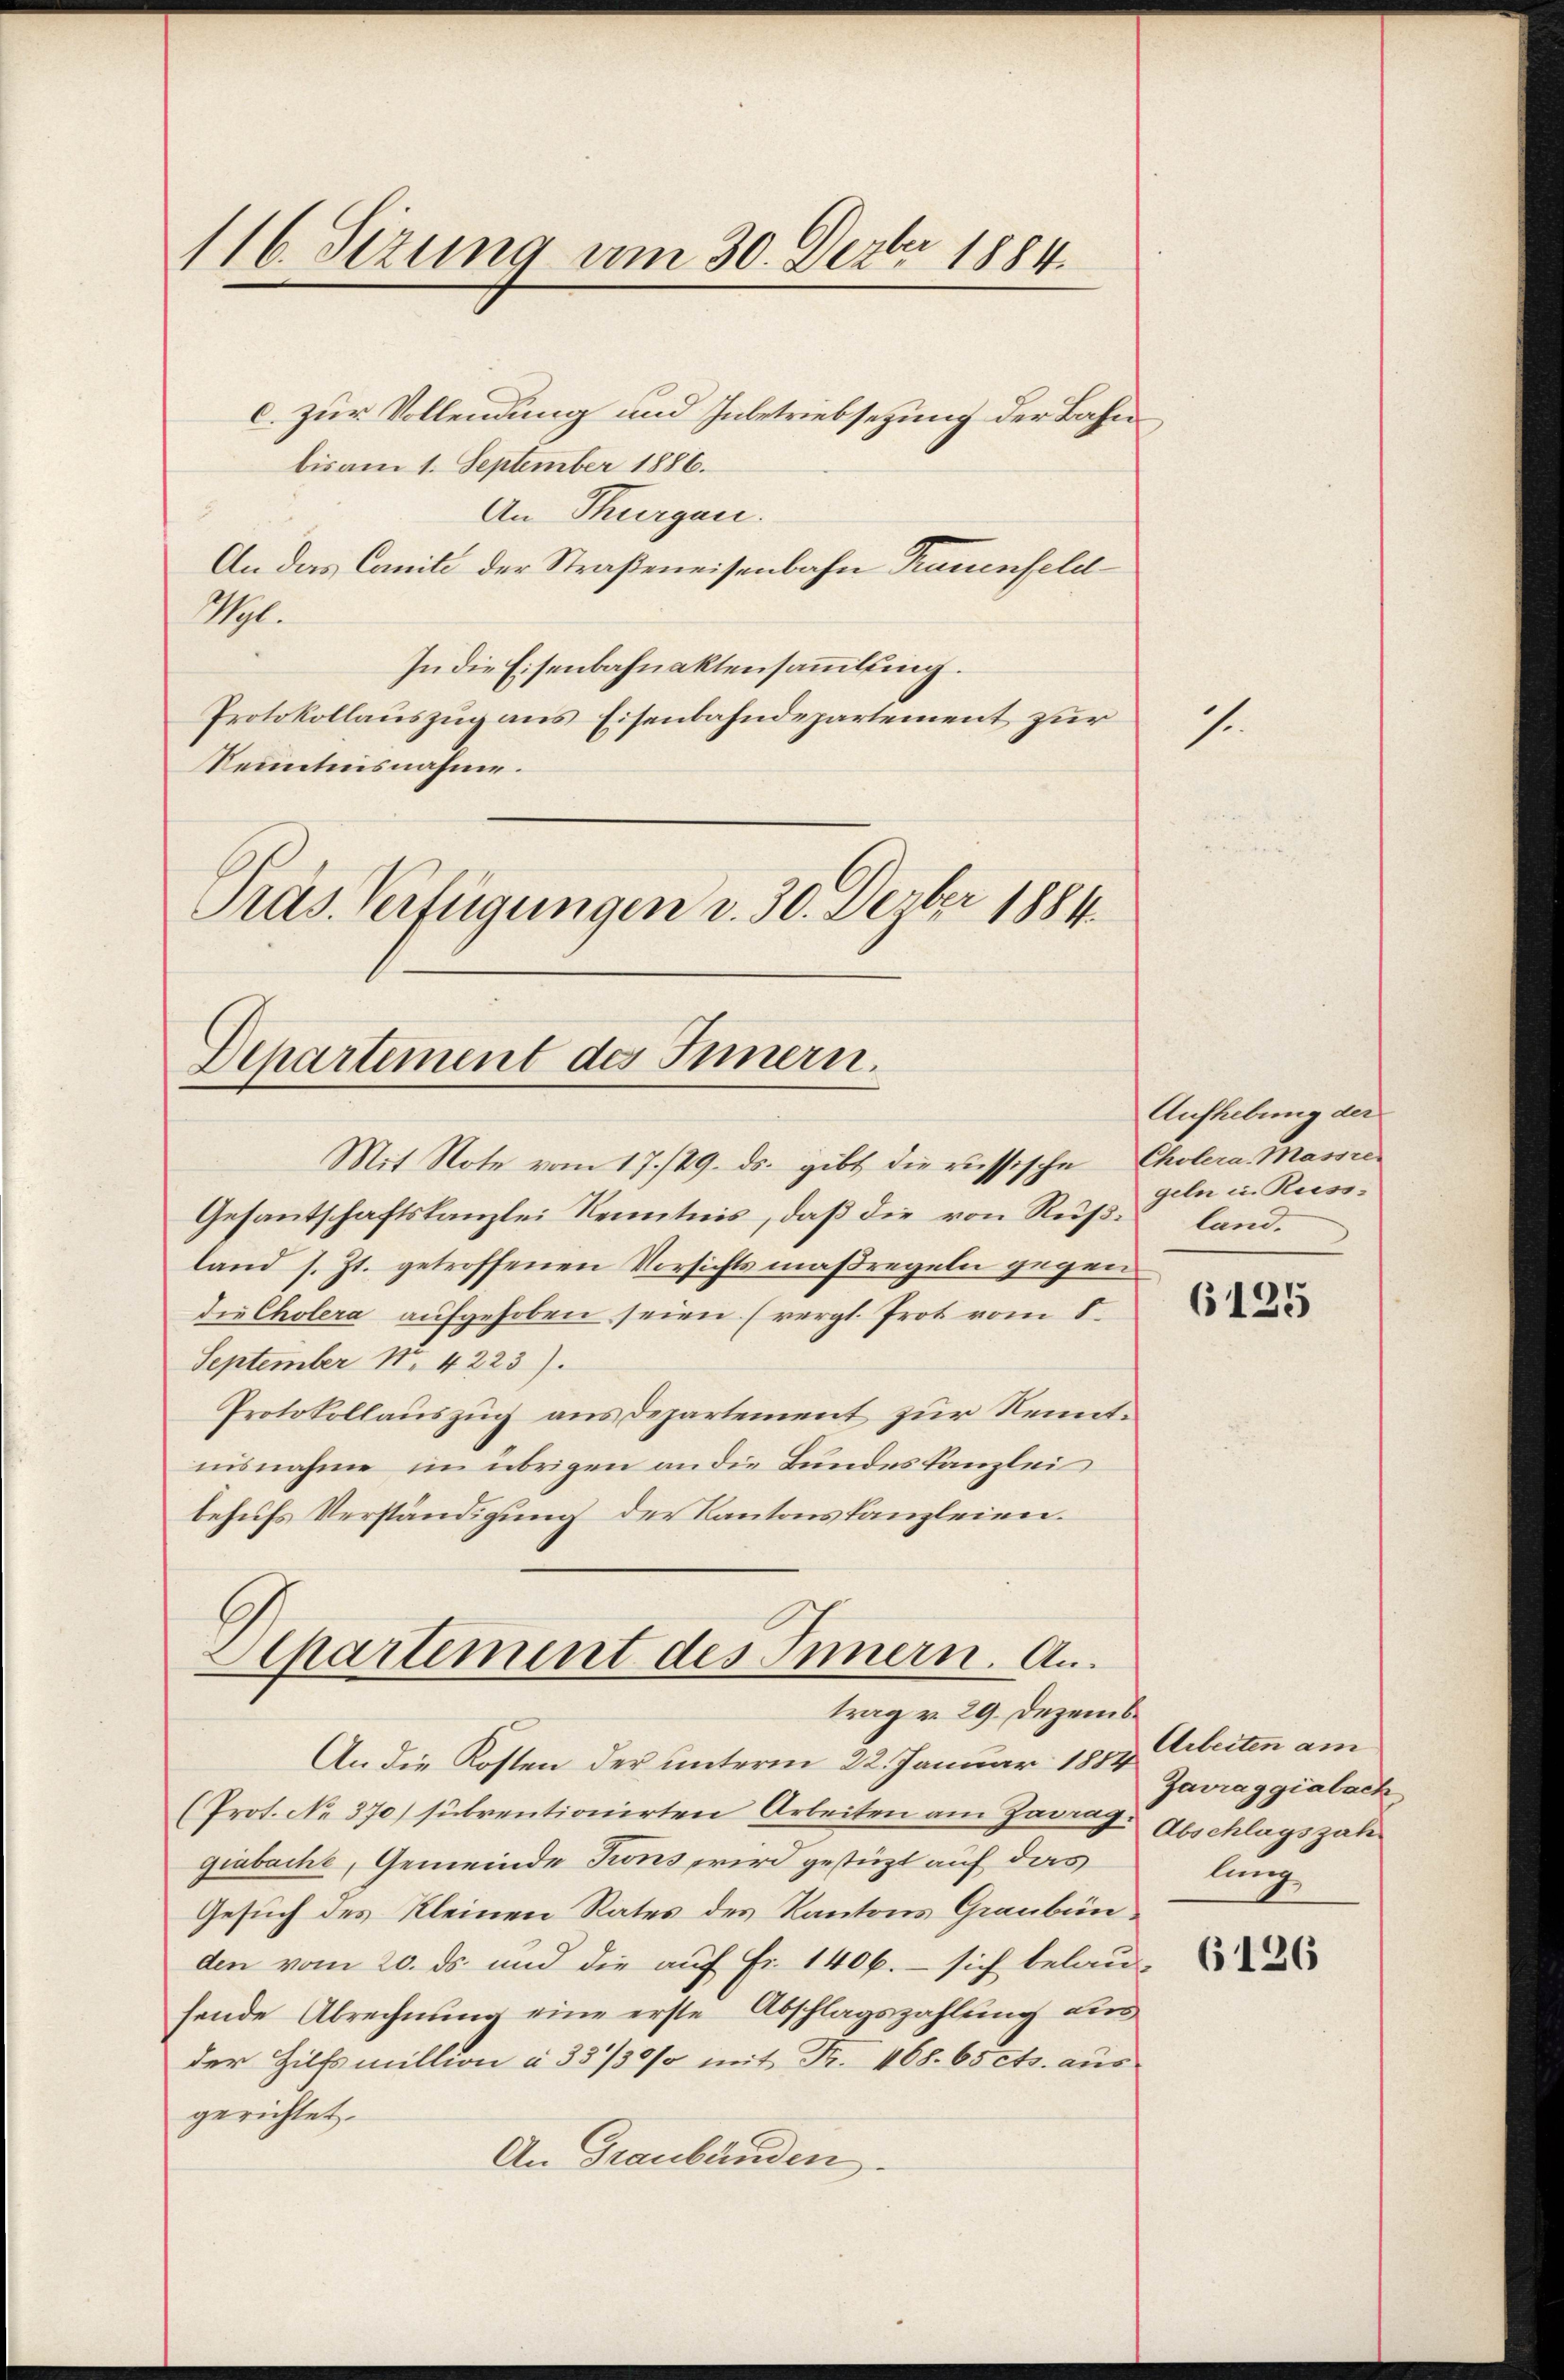
116. Sizung am 30. Dezbr 1884.

Departement des Innern.
Mit Note vom 17./29. ds. gibt die russische Cholera. Massre

c. zur Vollendung und Inbetriebsezung der Bahnbis am 1. September 1886.
An Thurgau.
An das Camili der Straßeneisenbahn Trauenfeld
M.
In die Eisenbahnaktensammlung.
Protokollauszug aus Eisenbahndepartement zur
Kenntnisnahme.
Präs. Verfügungen v. 30. Dezber 1884.

Gesantschaftskanzlei Kenntnis, daß die von Rußland s. Zt. getroffenen Vorsichtsmaßregeln gegen
die Cholera aufgehoben seien (vergl. Prot vom 8.
September No. 4223).
Protokollauszug aus Departement zur Kenntnisnahme im übrigen an die Bundeskanzlei
behufs Verständigung der Kantonskanzleien.

Separtement des Innern. An
trag v. 29. Dezemb

An die Kosten der unterm 22. Januar 1884 beiten am
(Prot. No 370) subventionirten Arbeiten am Zarrag. Abschlagszah
giabache, Gemeinde Frons wird gestützt auf das
Gesuch des Kleinen Rates des Kantons Graubünden vom 20. ds. und die auf Fr. 1406. sich belausende Abrechnung eine erste Abschlagszahlung aus
der Hilfsmillion à 33/30% mit Fr. 468. 65 cts. aus
gerichtet.
An Graubünden

7.

Aufhebung der
geln u. Russland.

6125

Javraggialack
lung

6126